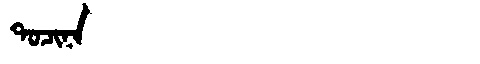
Manchu: ᡨᠣᠴᡳᠨᠠ
Romanization: TOCINA